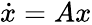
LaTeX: {\dot{x}}=Ax